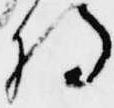
将